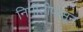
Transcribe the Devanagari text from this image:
निर्मीतीपासून